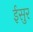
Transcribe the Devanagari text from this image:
ईसुर